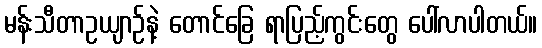
မန်းသီတာဥယျာဉ်နဲ့ တောင်ခြေ ရာပြည့်ကွင်းတွေ ပေါ်လာပါတယ်။